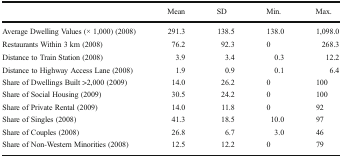
|  | Mean | SD | Min. | Max. |
 | --- | --- | --- | --- | --- |
 | Average Dwelling Values (× 1,000) (2008) | 291.3 | 138.5 | 138.0 | 1,098.0 |
 | Restaurants Within 3 km (2008) | 76.2 | 92.3 | 0 | 268.3 |
 | Distance to Train Station (2008) | 3.9 | 3.4 | 0.3 | 12.2 |
 | Distance to Highway Access Lane (2008) | 1.9 | 0.9 | 0.1 | 6.4 |
 | Share of Dwellings Built >2,000 (2009) | 14.0 | 26.2 | 0 | 100 |
 | Share of Social Housing (2009) | 30.5 | 24.2 | 0 | 100 |
 | Share of Private Rental (2009) | 14.0 | 11.8 | 0 | 92 |
 | Share of Singles (2008) | 41.3 | 18.5 | 10.0 | 97 |
 | Share of Couples (2008) | 26.8 | 6.7 | 3.0 | 46 |
 | Share of Non-Western Minorities (2008) | 12.5 | 12.2 | 0 | 79 |